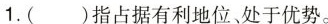
1.( )指占据有利地位、处于优势。